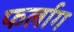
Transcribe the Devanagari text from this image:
फर्लाग